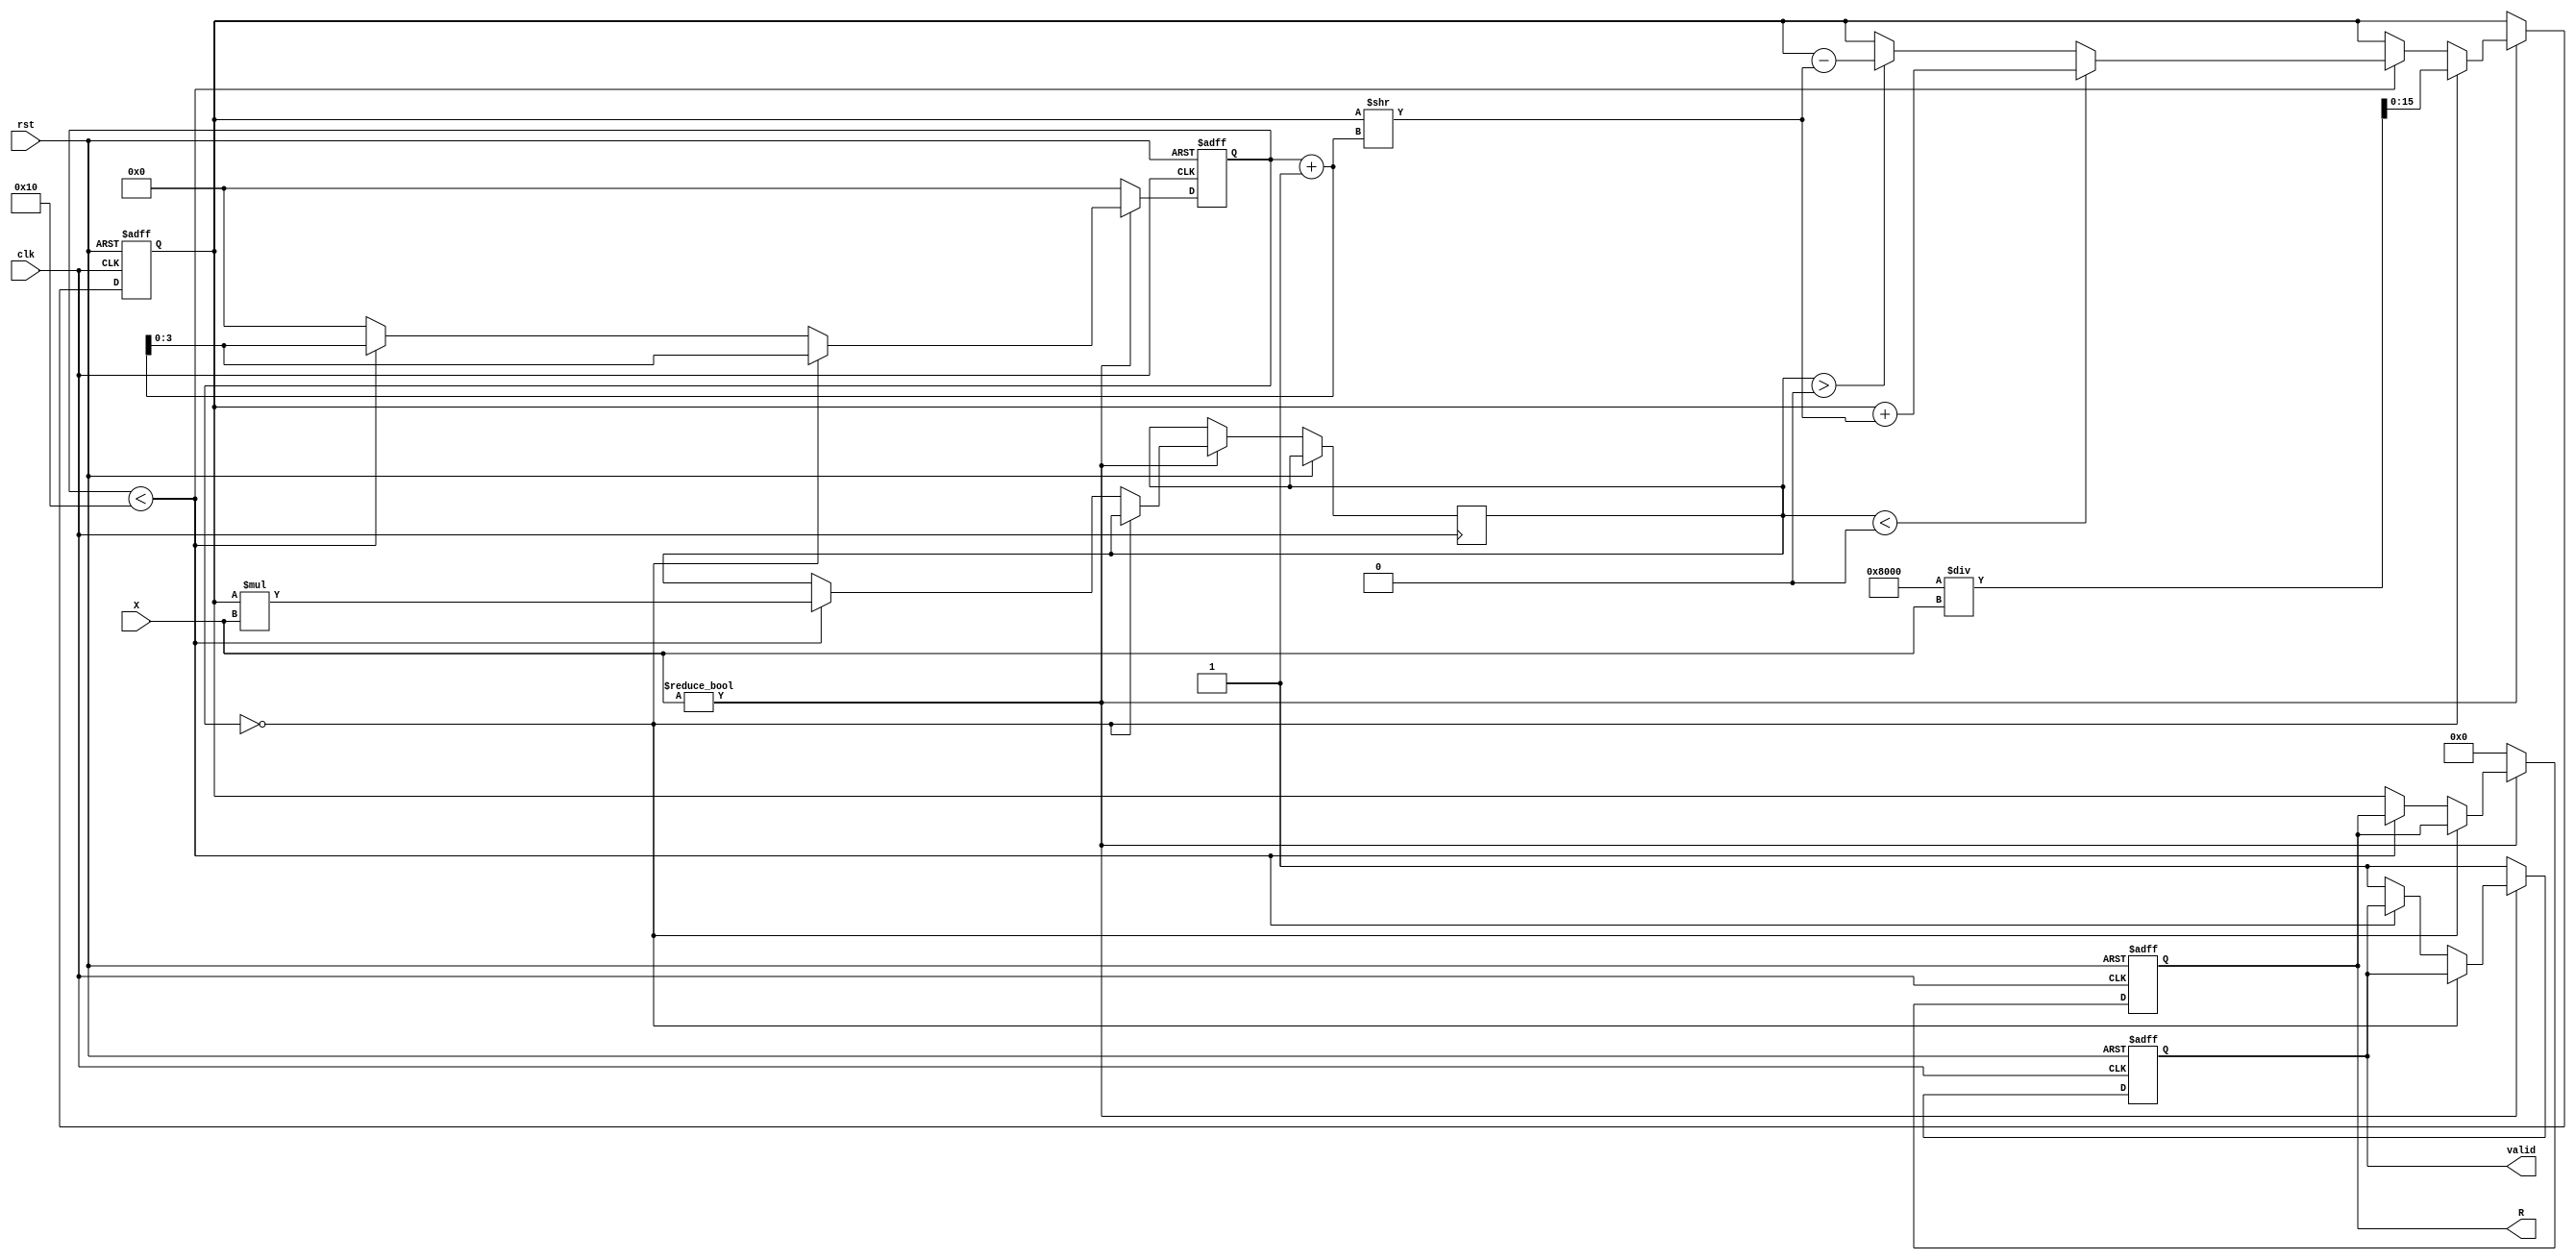
module BitwiseReciprocal #(
    parameter N = 16 // Configurable bit-width
)(
    input  wire [N-1:0] X, // Input number
    input  wire clk,       // Clock signal
    input  wire rst,       // Reset signal
    output reg  [N-1:0] R, // Reciprocal output
    output reg  valid       // Output valid signal
);

    // Internal variables
    reg [N-1:0] estimate; // Current estimate of the reciprocal
    reg [N-1:0] product;  // Product of estimate and input
    reg [N-1:0] target;   // Target value (2^N)
    reg [3:0] iteration;  // Iteration counter

    // Define the target value (2^N)
    initial begin
        target = 1 << N; // 2^N
    end

    // State machine for iterative refinement
    always @(posedge clk or posedge rst) begin
        if (rst) begin
            R <= 0;
            estimate <= 0;
            valid <= 0;
            iteration <= 0;
        end else if (X != 0) begin
            // Initial approximation based on the input
            if (iteration == 0) begin
                estimate <= (1 << (N-1)) / X; // Initial estimate
                iteration <= iteration + 1;
            end else if (iteration < 16) begin // Limit the number of iterations
                // Calculate the product of estimate and input
                product <= estimate * X;
                
                // Check if the product is within a certain threshold of the target
                if (product < target) begin
                    // Refine the estimate
                    estimate <= estimate + (estimate >> (iteration + 1)); // Newton-Raphson step
                end else if (product > target) begin
                    // Refine the estimate
                    estimate <= estimate - (estimate >> (iteration + 1)); // Newton-Raphson step
                end
                
                iteration <= iteration + 1;
            end else begin
                // After iterations are done, output the final estimate
                R <= estimate;
                valid <= 1; // Indicate that the output is valid
                iteration <= 0; // Reset iteration for next input
            end
        end else begin
            // Handle zero input case
            R <= {N{1'b0}}; // Output zero for zero input
            valid <= 1; // Indicate that the output is valid
            iteration <= 0; // Reset iteration for next input
        end
    end

endmodule